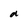
Character: a